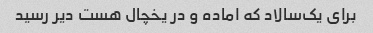
برای یک‌سالاد که اماده و در یخچال هست دیر رسید